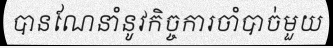
បានណែនាំនូវកិច្ចការចាំបាច់មួយ